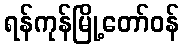
ရန်ကုန်မြို့တော်ဝန်